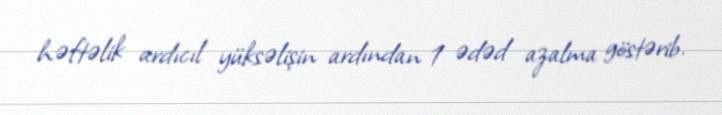
həftəlik ardıcıl yüksəlişin ardından 1 ədəd azalma göstərib.